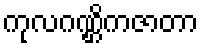
ကုလဂဏ္ဌိကဇာတာ